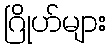
ဂြိုဟ်များ